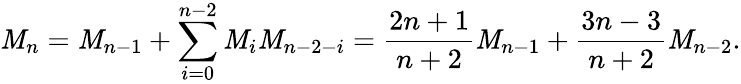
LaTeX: \mathit{M}_{n}=\mathit{M}_{n-1}+\sum_{i=0}^{n-2}\mathit{M}_{i}\mathit{M}_{n-2-i}={\frac{{2n+1}}{{n+2}}}\mathit{M}_{n-1}+{\frac{{3n-3}}{{n+2}}}\mathit{M}_{n-2}.